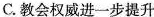
C.教会权威进一步提升